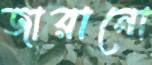
জারানো